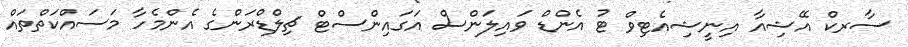
ސާރކް އޭޝިއާ އިނީޝިއެޓިވް ޓު އެންޑް ވައިލަންސް އަގައިންސްޓް ޗިލްޑްރަންގެ އެންމެހާ މަސައްކަތްތައް